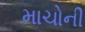
માચોની